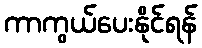
ကာကွယ်ပေးနိုင်ရန်